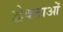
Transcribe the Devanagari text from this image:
द्वेवताओं